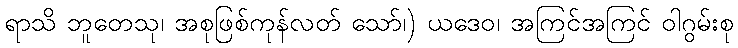
ရာသိ ဘူတေသု၊ အစုဖြစ်ကုန်လတ် သော်၊) ယဒေဝ၊ အကြင်အကြင် ဝါဂွမ်းစု